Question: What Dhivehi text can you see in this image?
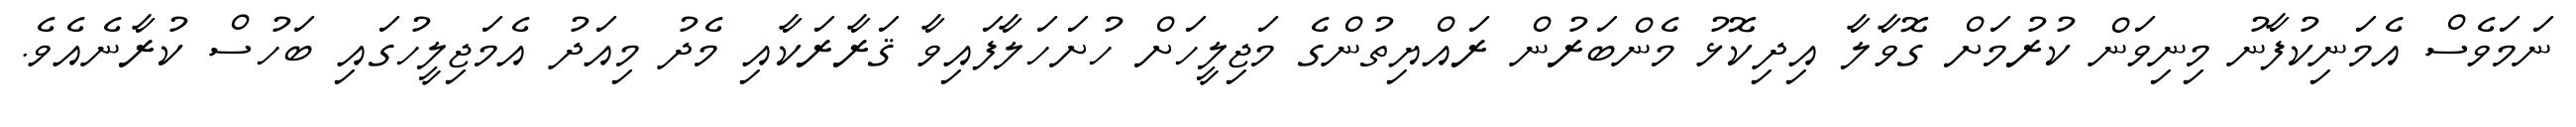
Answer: ނަމަވެސް އެމަނިކުފާނު މިނިވަން ކުރުމަށް ގޮވާލާ އިދިކޮޅު މެންބަރުން ރައްޔިތުންގެ މަޖިލީހަށް ހުށަހަލާފައިވާ ޤަރާރަކާއި މެދު މިއަދު އެމަޖިލީހުގައި ބަހުސް ކުރާނެއެވެ.